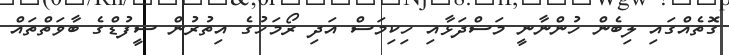
ގޮތެއްގައި ލިބެން ހުންނާނީ މަސްދަޅާއި ހިކިމަސް އަދި ރޯމަހުގެ އިތުރުން ސީފުޑްގެ ބާވަތްތައް